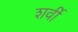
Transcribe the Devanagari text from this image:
शर्वी